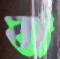
বা